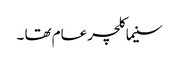
سنیما کلچر عام تھا ۔